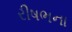
રીષભના